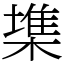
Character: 𣙇